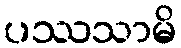
ပဿသာမိ